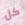
كل